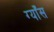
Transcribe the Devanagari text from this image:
ग्याँस